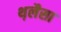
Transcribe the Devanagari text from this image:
थ़लैसा